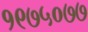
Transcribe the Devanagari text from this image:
१९७५०७७